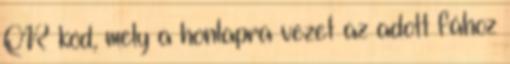
QR kód, mely a honlapra vezet az adott fához